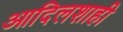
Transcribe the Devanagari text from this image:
आदिलशाही